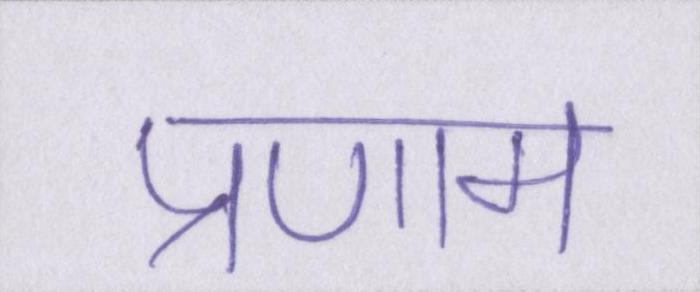
प्रणाम